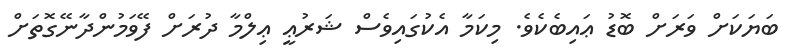
ބަޔަކަށް ވަރަށް ބޮޑު ޢައިބެކެވެ. މިކަމާ އެކުގައިވެސް ޝަރުޢީ ޢިލްމާ ދުރަށް ފޭވަމުންދާނޭގޮތަށް